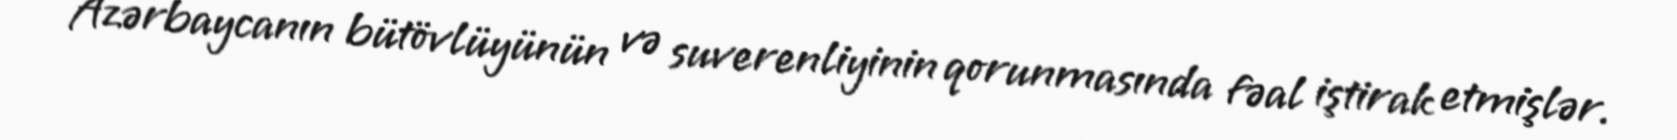
Azərbaycanın bütövlüyünün və suverenliyinin qorunmasında fəal iştirak etmişlər.